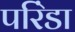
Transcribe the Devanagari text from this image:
परिंडा